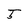
Character: 5